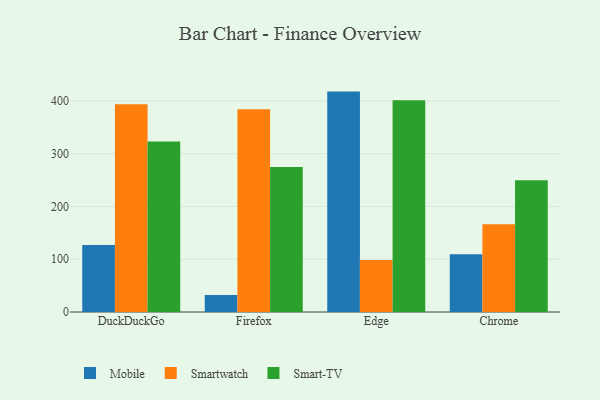
{"axis": {"x": "Browser", "y": "Shipments"}, "legend": ["Mobile", "Smart-TV", "Smartwatch"], "data": [{"x": "DuckDuckGo", "y": 127.0, "type": "Mobile"}, {"x": "DuckDuckGo", "y": 393.7, "type": "Smartwatch"}, {"x": "DuckDuckGo", "y": 323.0, "type": "Smart-TV"}, {"x": "Firefox", "y": 32.4, "type": "Mobile"}, {"x": "Firefox", "y": 384.4, "type": "Smartwatch"}, {"x": "Firefox", "y": 275.0, "type": "Smart-TV"}, {"x": "Edge", "y": 417.7, "type": "Mobile"}, {"x": "Edge", "y": 98.7, "type": "Smartwatch"}, {"x": "Edge", "y": 401.5, "type": "Smart-TV"}, {"x": "Chrome", "y": 109.4, "type": "Mobile"}, {"x": "Chrome", "y": 166.4, "type": "Smartwatch"}, {"x": "Chrome", "y": 249.7, "type": "Smart-TV"}]}